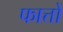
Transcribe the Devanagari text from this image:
फात्तों